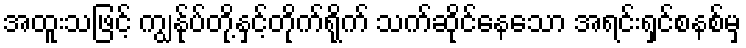
အထူးသဖြင့် ကျွနု်ပ်တို့နှင့်တိုက်ရိုက် သက်ဆိုင်နေသော အရင်းရှင်စနစ်မှ